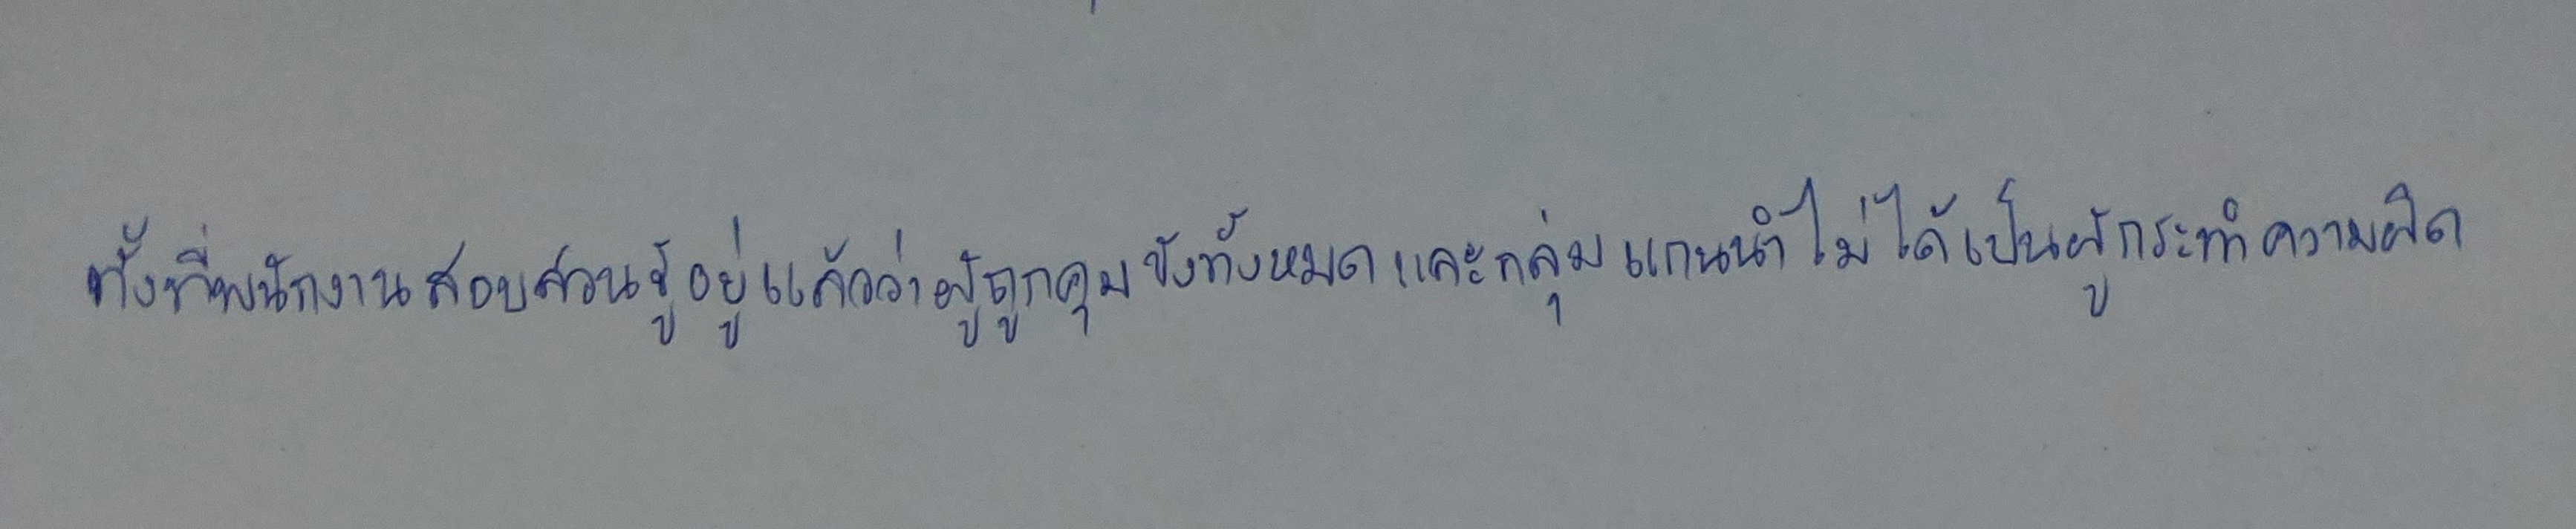
ทั้งที่พนักงานสอบสวนรู้อยู่แล้วว่าผู้ถูกคุมขังทั้งหมดและกลุ่มแกนนำไม่ได้เป็นผู้กระทำความผิด